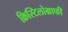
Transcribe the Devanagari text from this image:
क्रिस्टिलोग्राफी